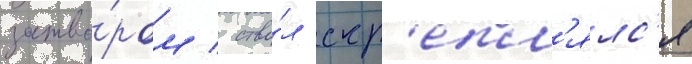
затво́ром / ство́л скр'епл'ялс'я